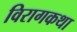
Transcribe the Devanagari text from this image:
विरागकथा